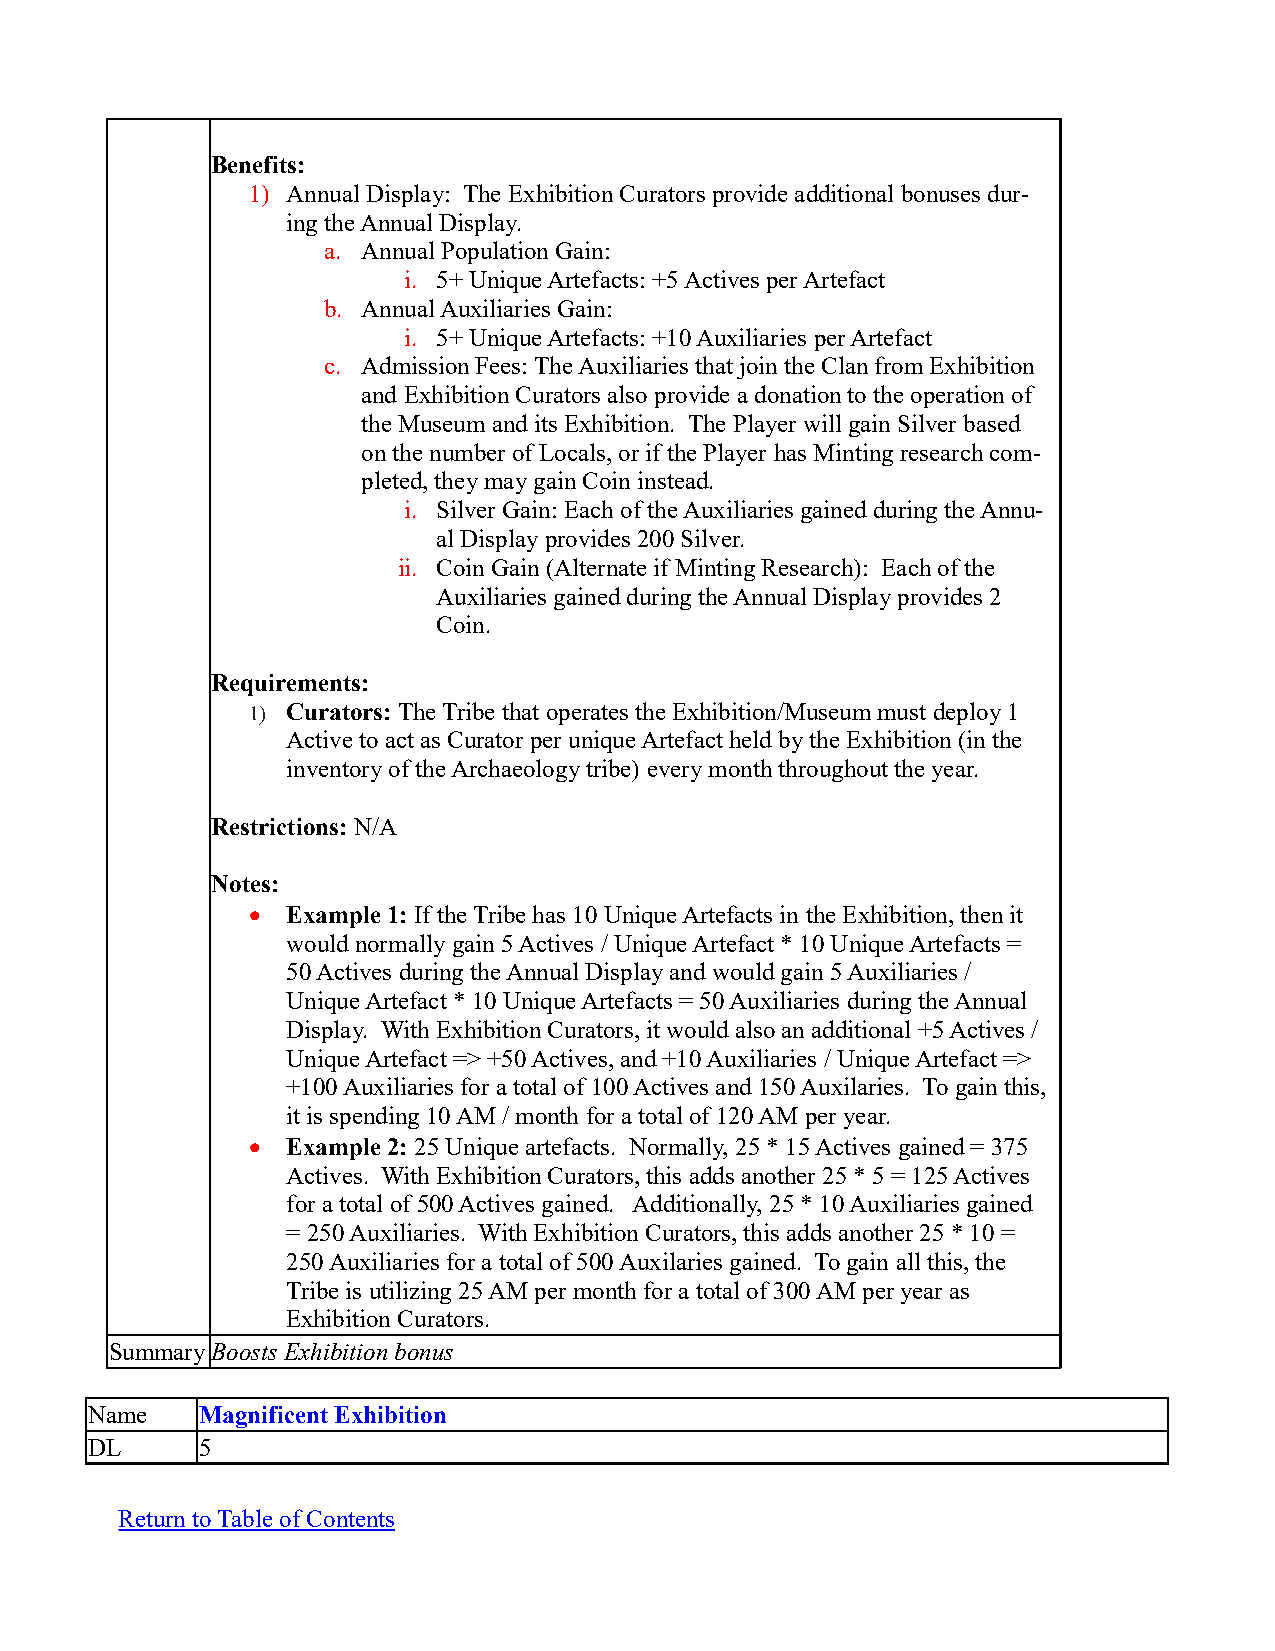
Benefits:
 1) Annual Display: The Exhibition Curators provide additional bonuses dur-
 ing the Annual Display.
 a. Annual Population Gain:
 i. 5+ Unique Artefacts: +5 Actives per Artefact
 b. Annual Auxiliaries Gain:
 i. 5+ Unique Artefacts: +10 Auxiliaries per Artefact
 c. Admission Fees: The Auxiliaries that join the Clan from Exhibition
 and Exhibition Curators also provide a donation to the operation of
 the Museum and its Exhibition. The Player will gain Silver based
 on the number of Locals, or if the Player has Minting research com-
 pleted, they may gain Coin instead.
 i. Silver Gain: Each of the Auxiliaries gained during the Annu-
 al Display provides 200 Silver.
 ii. Coin Gain (Alternate if Minting Research): Each of the
 Auxiliaries gained during the Annual Display provides 2
 Coin.
 Requirements:
 1) Curators: The Tribe that operates the Exhibition/Museum must deploy 1
 Active to act as Curator per unique Artefact held by the Exhibition (in the
 inventory of the Archaeology tribe) every month throughout the year.
 Restrictions: N/A
 Notes:
   Example 1: If the Tribe has 10 Unique Artefacts in the Exhibition, then it
 would normally gain 5 Actives / Unique Artefact * 10 Unique Artefacts =
 50 Actives during the Annual Display and would gain 5 Auxiliaries /
 Unique Artefact * 10 Unique Artefacts = 50 Auxiliaries during the Annual
 Display. With Exhibition Curators, it would also an additional +5 Actives /
 Unique Artefact => +50 Actives, and +10 Auxiliaries / Unique Artefact =>
 +100 Auxiliaries for a total of 100 Actives and 150 Auxilaries. To gain this,
 it is spending 10 AM / month for a total of 120 AM per year.
   Example 2: 25 Unique artefacts. Normally, 25 * 15 Actives gained = 375
 Actives. With Exhibition Curators, this adds another 25 * 5 = 125 Actives
 for a total of 500 Actives gained. Additionally, 25 * 10 Auxiliaries gained
 = 250 Auxiliaries. With Exhibition Curators, this adds another 25 * 10 =
 250 Auxiliaries for a total of 500 Auxilaries gained. To gain all this, the
 Tribe is utilizing 25 AM per month for a total of 300 AM per year as
 Exhibition Curators.
 SummaryBoosts Exhibition bonus
 Name   Magnificent Exhibition
 DL     5
 Return to Table of Contents